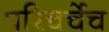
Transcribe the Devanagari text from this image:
परिचर्चेच